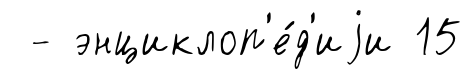
- энциклоп'е́д'иjи 15